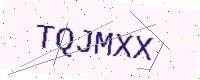
Text: TQJMXX